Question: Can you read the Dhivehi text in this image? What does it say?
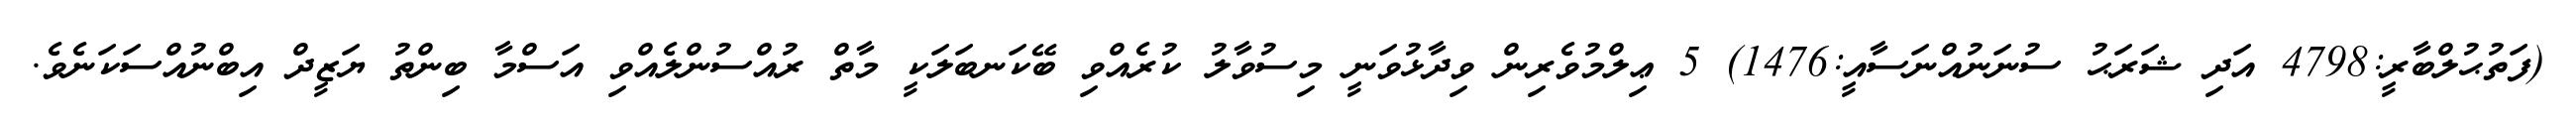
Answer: (ފަތުޙުލްބާރީ:4798 އަދި ޝަރަޙު ސުނަނުއްނަސާއީ:1476) 5 ޢިލްމުވެރިން ވިދާޅުވަނީ މިސުވާލު ކުރެއްވި ބޭކަނބަލަކީ މާތް ރުއްސުންލެއްވި އަސްމާ ބިންތު ޔަޒީދް އިބްނުއްސަކަނެވެ.